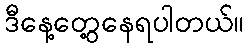
ဒီနေ့တွေ့နေရပါတယ်။